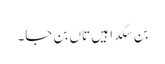
بن سکدا ہیں تاں بن جا۔